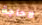
لاحاجة